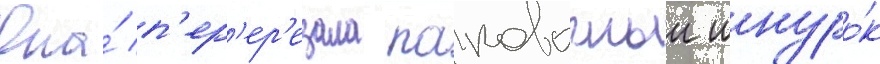
Она́ п'ер'ер'езала паковочныи шнуро́к